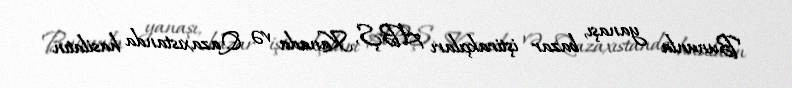
Bununla yanaşı, bazar iştirakçıları ABŞ, Kanada və Qazaxıstanda hasilatın